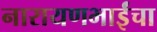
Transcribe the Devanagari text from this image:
नारायणभाईंचा